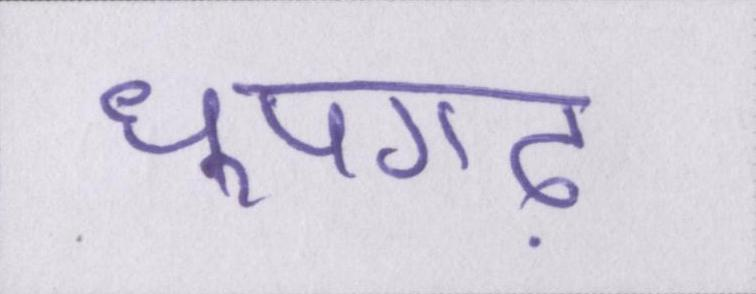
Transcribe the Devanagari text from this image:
धूपगढ़